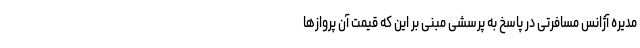
مدیره آژانس مسافرتی در پاسخ به پرسشی مبنی بر این که قیمت آن پروازها